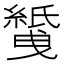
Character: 𱺅